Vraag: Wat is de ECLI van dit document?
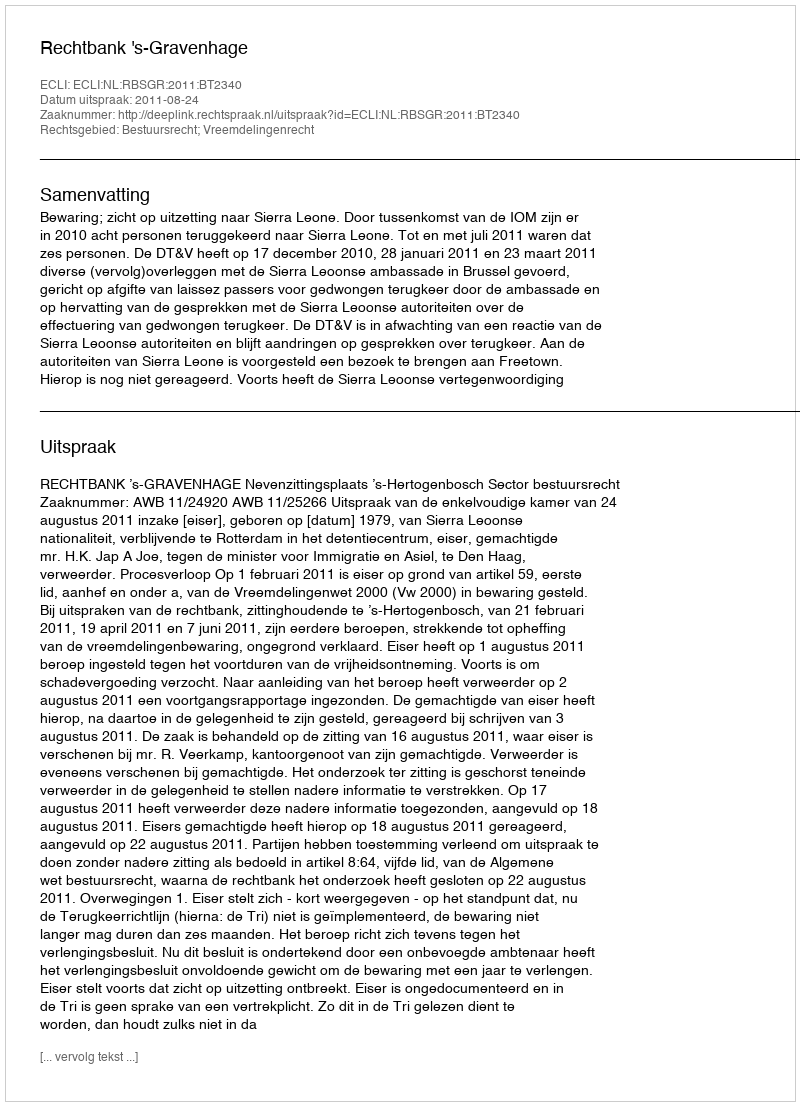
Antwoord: ECLI:NL:RBSGR:2011:BT2340